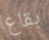
بقاع